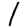
Digit: 1